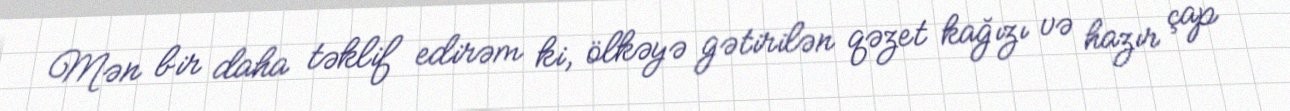
Mən bir daha təklif edirəm ki, ölkəyə gətirilən qəzet kağızı və hazır çap